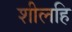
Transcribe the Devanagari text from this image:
शीलहि